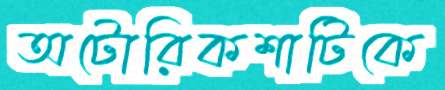
অটোরিকশাটিকে